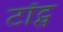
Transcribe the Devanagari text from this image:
टॉट्स